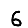
Digit: 6